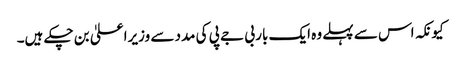
کیونکہ اس سے پہلے وہ ایک بار بی جے پی کی مدد سے وزیراعلیٰ بن چکے ہیں۔